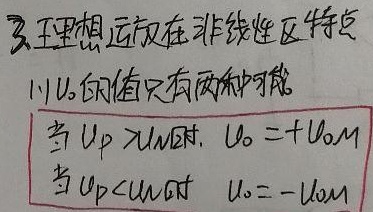
理想运放在非线性区特点：
(1)\(u_{o}\)的取值只有两种可能：当\(u_{P}>u_{N}\)时，\(u_{o}=+U_{oM}\)；当\(u_{P}<u_{N}\)时，\(u_{o}=-U_{oM}\)